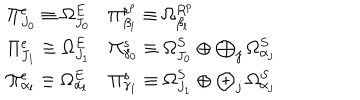
LaTeX: \begin{array} { l l } { { \Pi _ { J _ { 0 } } ^ { e } \equiv \Omega _ { J _ { 0 } } ^ { E } } } & { { \Pi _ { \beta _ { l } } ^ { r ^ { p } } \equiv \Omega _ { \beta _ { l } } ^ { R ^ { p } } } } \\ { { \Pi _ { J _ { 1 } } ^ { e } \equiv \Omega _ { J _ { 1 } } ^ { E } } } & { { \Pi _ { \gamma _ { 0 } } ^ { s } \equiv \Omega _ { J _ { 0 } } ^ { S } \oplus \bigoplus _ { j } \Omega _ { \alpha _ { j } } ^ { S } } } \\ { { \Pi _ { \alpha _ { l } } ^ { e } \equiv \Omega _ { \alpha _ { l } } ^ { E } } } & { { \Pi _ { \gamma _ { 1 } } ^ { s } \equiv \Omega _ { J _ { 1 } } ^ { S } \oplus \bigoplus _ { j } \Omega _ { \alpha _ { j } } ^ { S } } } \\ \end{array}